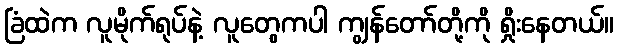
ခြံထဲက လူမိုက်ရုပ်နဲ့ လူတွေကပါ ကျွန်တော်တို့ကို ရှိုးနေတယ်။